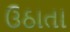
ઉઠાતા